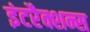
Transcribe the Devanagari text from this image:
इंटरैक्शन्स